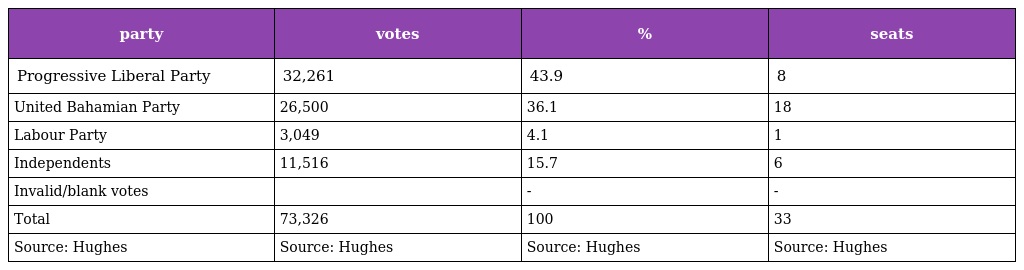
| party | votes | % | seats |
 | --- | --- | --- | --- |
 | Progressive Liberal Party | 32,261 | 43.9 | 8 |
 | United Bahamian Party | 26,500 | 36.1 | 18 |
 | Labour Party | 3,049 | 4.1 | 1 |
 | Independents | 11,516 | 15.7 | 6 |
 | Invalid/blank votes |  | - | - |
 | Total | 73,326 | 100 | 33 |
 | Source: Hughes | Source: Hughes | Source: Hughes | Source: Hughes |